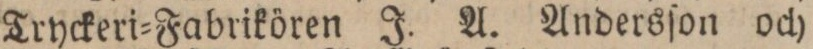
Tryckeri=Fabrikören J. A. Andersſon och